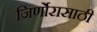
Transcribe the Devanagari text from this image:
जिर्णोरासाठी